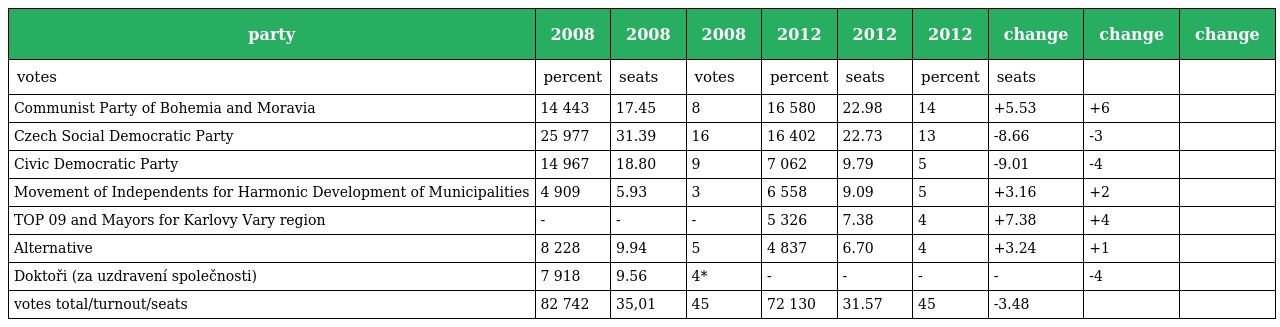
| party | 2008 | 2008 | 2008 | 2012 | 2012 | 2012 | change | change | change |
 | --- | --- | --- | --- | --- | --- | --- | --- | --- | --- |
 | votes | percent | seats | votes | percent | seats | percent | seats |  |  |
 | Communist Party of Bohemia and Moravia | 14 443 | 17.45 | 8 | 16 580 | 22.98 | 14 | +5.53 | +6 |  |
 | Czech Social Democratic Party | 25 977 | 31.39 | 16 | 16 402 | 22.73 | 13 | -8.66 | -3 |  |
 | Civic Democratic Party | 14 967 | 18.80 | 9 | 7 062 | 9.79 | 5 | -9.01 | -4 |  |
 | Movement of Independents for Harmonic Development of Municipalities | 4 909 | 5.93 | 3 | 6 558 | 9.09 | 5 | +3.16 | +2 |  |
 | TOP 09 and Mayors for Karlovy Vary region | - | - | - | 5 326 | 7.38 | 4 | +7.38 | +4 |  |
 | Alternative | 8 228 | 9.94 | 5 | 4 837 | 6.70 | 4 | +3.24 | +1 |  |
 | Doktoři (za uzdravení společnosti) | 7 918 | 9.56 | 4* | - | - | - | - | -4 |  |
 | votes total/turnout/seats | 82 742 | 35,01 | 45 | 72 130 | 31.57 | 45 | -3.48 |  |  |